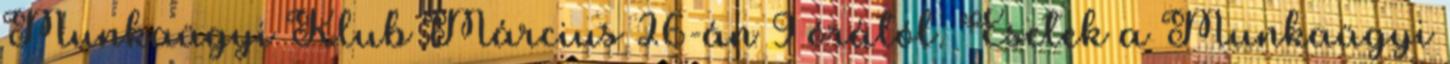
Munkaügyi Klub Március 26-án 9 órától. Esetek a Munkaügyi